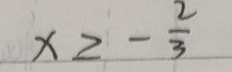
$x\geq -\frac{2}{3}$